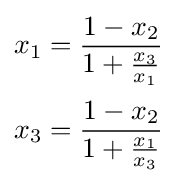
{\begin{aligned}x_{1}&={\frac {1-x_{2}}{1+{\frac {x_{3}}{x_{1}}}}}\\[2pt]x_{3}&={\frac {1-x_{2}}{1+{\frac {x_{1}}{x_{3}}}}}\end{aligned}}